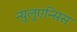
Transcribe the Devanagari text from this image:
न्युलुएन्सिस